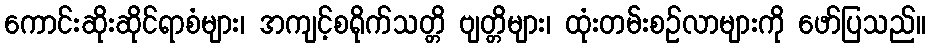
ကောင်းဆိုးဆိုင်ရာစံများ၊ အကျင့်စရိုက်သတ္တိ ဗျတ္တိများ၊ ထုံးတမ်းစဉ်လာများကို ဖော်ပြသည်။